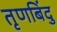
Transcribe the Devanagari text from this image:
तृणबिंदु